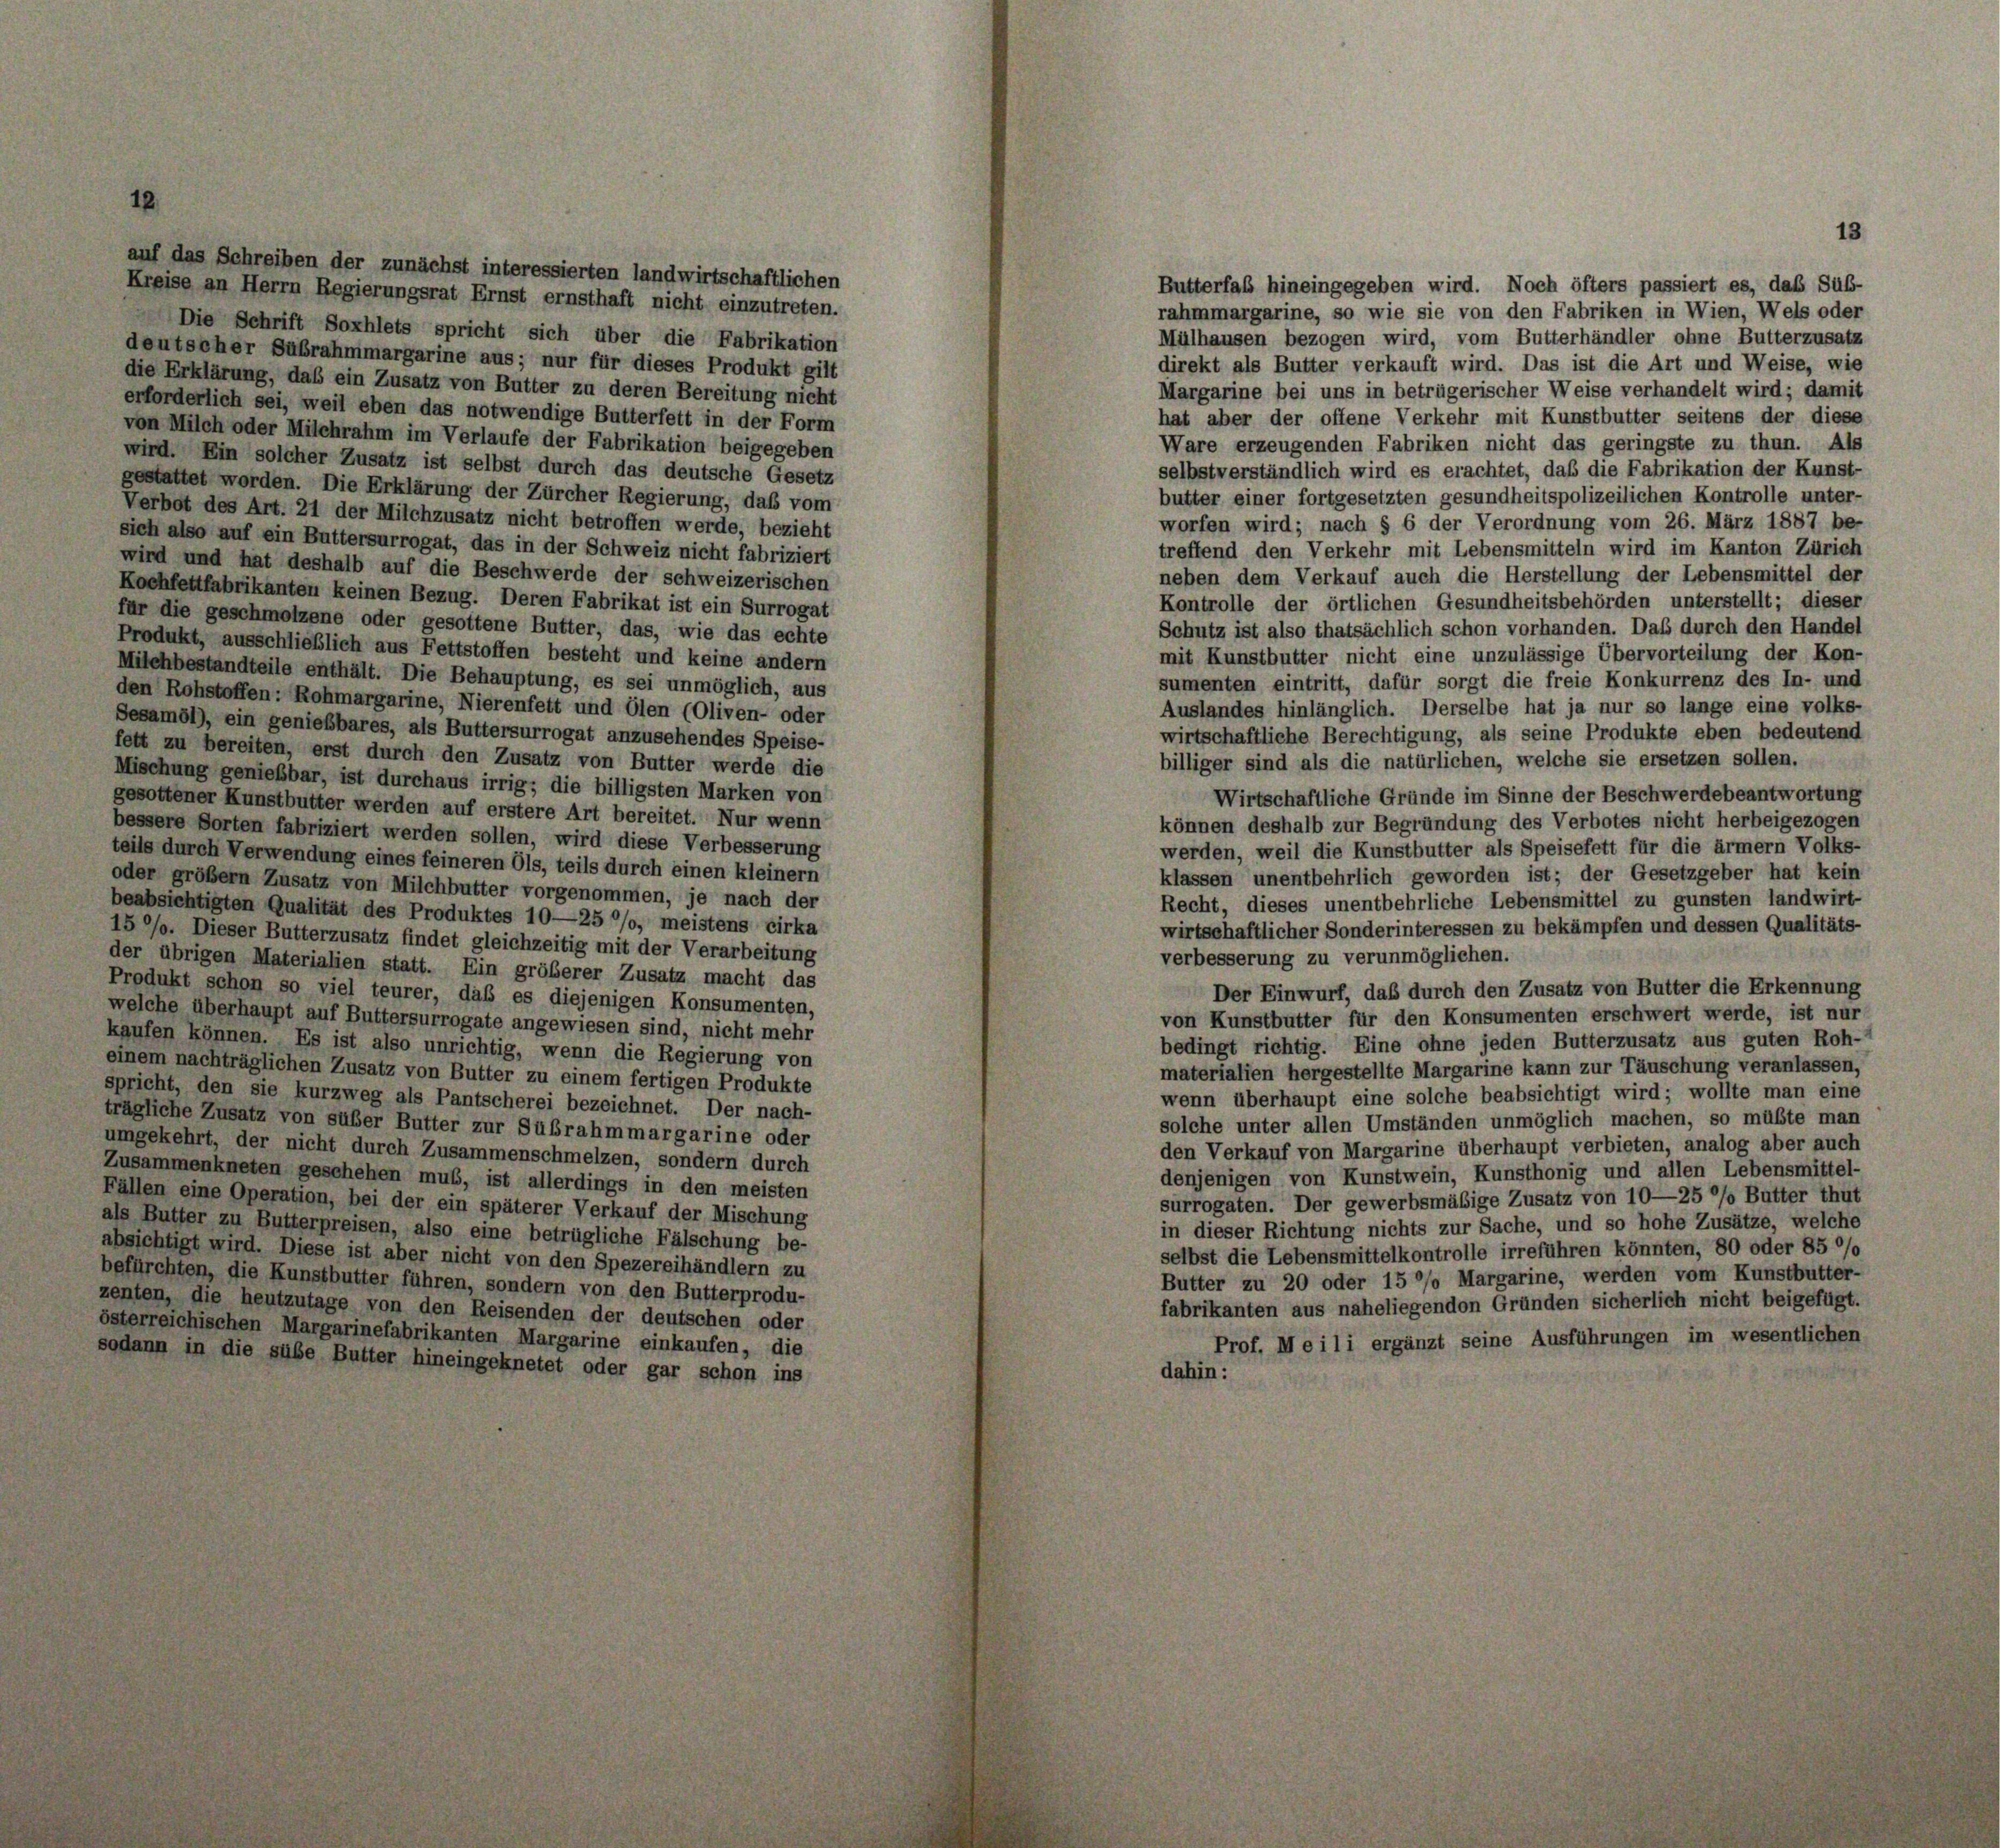
auf das Schreiben der zunächst interessierten landwirtschaftlichen
Kreise an Herrn Regierungsrat Ernst ernsthaft nicht einzutreten.
Die Schrift Soxhlets spricht sich über die Fabrikation
deutscher Subrahmmargarine aus; nur für dieses Produkt gilt
die Erklärung, daß ein Zusatz von Butter zu deren Bereitung nicht
erforderlich sei, weil eben das notwendige Butterfett in der Form
von Milch oder Milchrahm im Verlaufe der Fabrikation beigegeben
wird. Ein solcher Zusatz ist selbst durch das deutsche Gesetz
gestattet worden. Die Erklärung der Zürcher Regierung, daß vom
Verbot des Art. 21 der Milchzusatz nicht betroffen werde, bezieht
sich also auf ein Buttersurrogat, das in der Schweiz nicht fabriziert
wird und hat deshalb auf die Beschwerde der schweizerischen
Kochfettfabrikanten keinen Bezug. Deren Fabrikat ist ein Surrogat
für die geschmolzene oder gesottene Butter, das, wie das echte
Produkt, ausschließlich aus Fettstoffen besteht und keine andern
Milchbestandteile enthält. Die Behauptung, es sei unmöglich, aus
den Rohstoffen: Rohmargarine, Nierenfett und Elen (Oliven- oder
Sesamöl), ein geniebbares, als Buttersurrogat anzusehendes Speise-
fett zu bereiten, erst durch den Zusatz von Butter werde die
Mischung genießbar, ist durchaus irrig; die billigsten Marken von
gesottener Kunstbutter werden auf erstere Art bereitet. Nur wenn
bessere Sorten fabriziert werden sollen, wird diese Verbesserung
teils durch Verwendung eines feineren Ols, teils durch einen kleiner
oder größem Zusatz von Milchbutter vorgenommen, je nach der
beabsichtigten Qualität des Produktes 10—25 °/o, meistens cirka
15 %%. Dieser Butterzusatz findet gleichzeitig mit der Verarbeitung
der übrigen Materialien statt. Ein größerer Zusatz macht das
Produkt schon so viel teurer, daß es diejenigen Konsumenten,
welche überhaupt auf Buttersurrogate angewiesen sind, nicht mehr
kaufen können. Es ist also unrichtig, wenn die Regierung von
einem nachträglichen Zusatz von Butter zu einem fertigen Produkte
spricht, den sie kurzweg als Pantscherei bezeichnet. Der nach-
trägliche Zusatz von süber Butter zur Sübrahmmargarine oder
umgekehrt, der nicht durch Zusammenschmelzen, sondern durch
Zusammenkneten geschehen muß, ist allerdings in den meisten
Fällen eine Operation, bei der ein späterer Verkauf der Mischung
als Butter zu Butterpreisen, also eine betrügliche Fälschung be-
absichtigt wird. Diese ist aber nicht von den Spezereihändlern zu
befürchten, die Kunstbutter führen, sondern von den Butterprodu-
zenten, die heutzutage von den Reisenden der deutschen oder
österreichischen Margarinefabrikanten Margarine einkaufen, die
sodann in die sübe Butter hineingeknetet oder gar schon ins

1

butter einer fortgesetzten gesundheitspolizeilichen Kontrolle unter-
worfen wird; nach § 6 der Verordnung vom 26. März 1887 be-
treffend den Verkehr mit Lebensmitteln wird im Kanton Zürich
neben dem Verkauf auch die Herstellung der Lebensmittel der
Kontrolle der örtlichen Gesundheitsbehörden unterstellt; dieser
Schutz ist also thatsächlich schon vorhanden. Daß durch den Handel
mit Kunstbutter nicht eine unzulässige Übervorteilung der Kon-
sumenten eintritt, dafür sorgt die freie Konkurrenz des In- und
Auslandes hinlänglich. Derselbe hat ja nur so lange eine volks-
wirtschaftliche Berechtigung, als seine Produkte eben bedeutend
billiger sind als die natürlichen, welche sie ersetzen sollen.
Wirtschaftliche Gründe im Sinne der Beschwerdebeantwortung
können deshalb zur Begründung des Verbotes nicht herbeigezogen
werden, weil die Kunstbutter als Speisefett für die ärmern Volks-
klassen unentbehrlich geworden ist; der Gesetzgeber hat kein
Recht, dieses unentbehrliche Lebensmittel zu gunsten landwirt-
wirtschaftlicher Sonderinteressen zu bekämpfen und dessen Qualitäts-
verbesserung zu verunmöglichen.
Der Einwurf, daß durch den Zusatz von Butter die Erkennung
von Kunstbutter für den Konsumenten erschwert werde, ist nur
bedingt richtig. Eine ohne jeden Butterzusatz aus guten Roh-
materialien hergestellte Margarine kann zur Täuschung veranlassen,
wenn überhaupt eine solche beabsichtigt wird; wollte man eine
solche unter allen Umständen unmöglich machen, so müßte man
den Verkauf von Margarine überhaupt verbieten, analog aber auch
denjenigen von Kunstwein, Kunsthonig und allen Lebensmittel-
surrogaten. Der gewerbsmäßige Zusatz von 10—25 °/o Butter thut
in dieser Richtung nichts zur Sache, und so hohe Zusätze, welche
selbst die Lebensmittelkontrolle irreführen könnten, 80 oder 85 0/
Butter zu 20 oder 15 °/o Margarine, werden vom Kunstbutter-
fabrikanten aus naheliegenden Gründen sicherlich nicht beigefügt.
Prof. M e i li ergänzt seine Ausführungen im wesentlichen
dahin:

13

Butterfaß hineingegeben wird. Noch öfters passiert es, das Sub-
rahmmargarine, so wie sie von den Fabriken in Wien, Wels oder
Mülhausen bezogen wird, vom Butterhändler ohne Butterzusatz
direkt als Butter verkauft wird. Das ist die Art und Weise, wie
Margarine bei uns in betrügerischer Weise verhandelt wird; damit
hat aber der offene Verkehr mit Kunstbutter seitens der diese
Ware erzeugenden Fabriken nicht das geringste zu thun. Als
selbstverständlich wird es erachtet, daß die Fabrikation der Kunst-